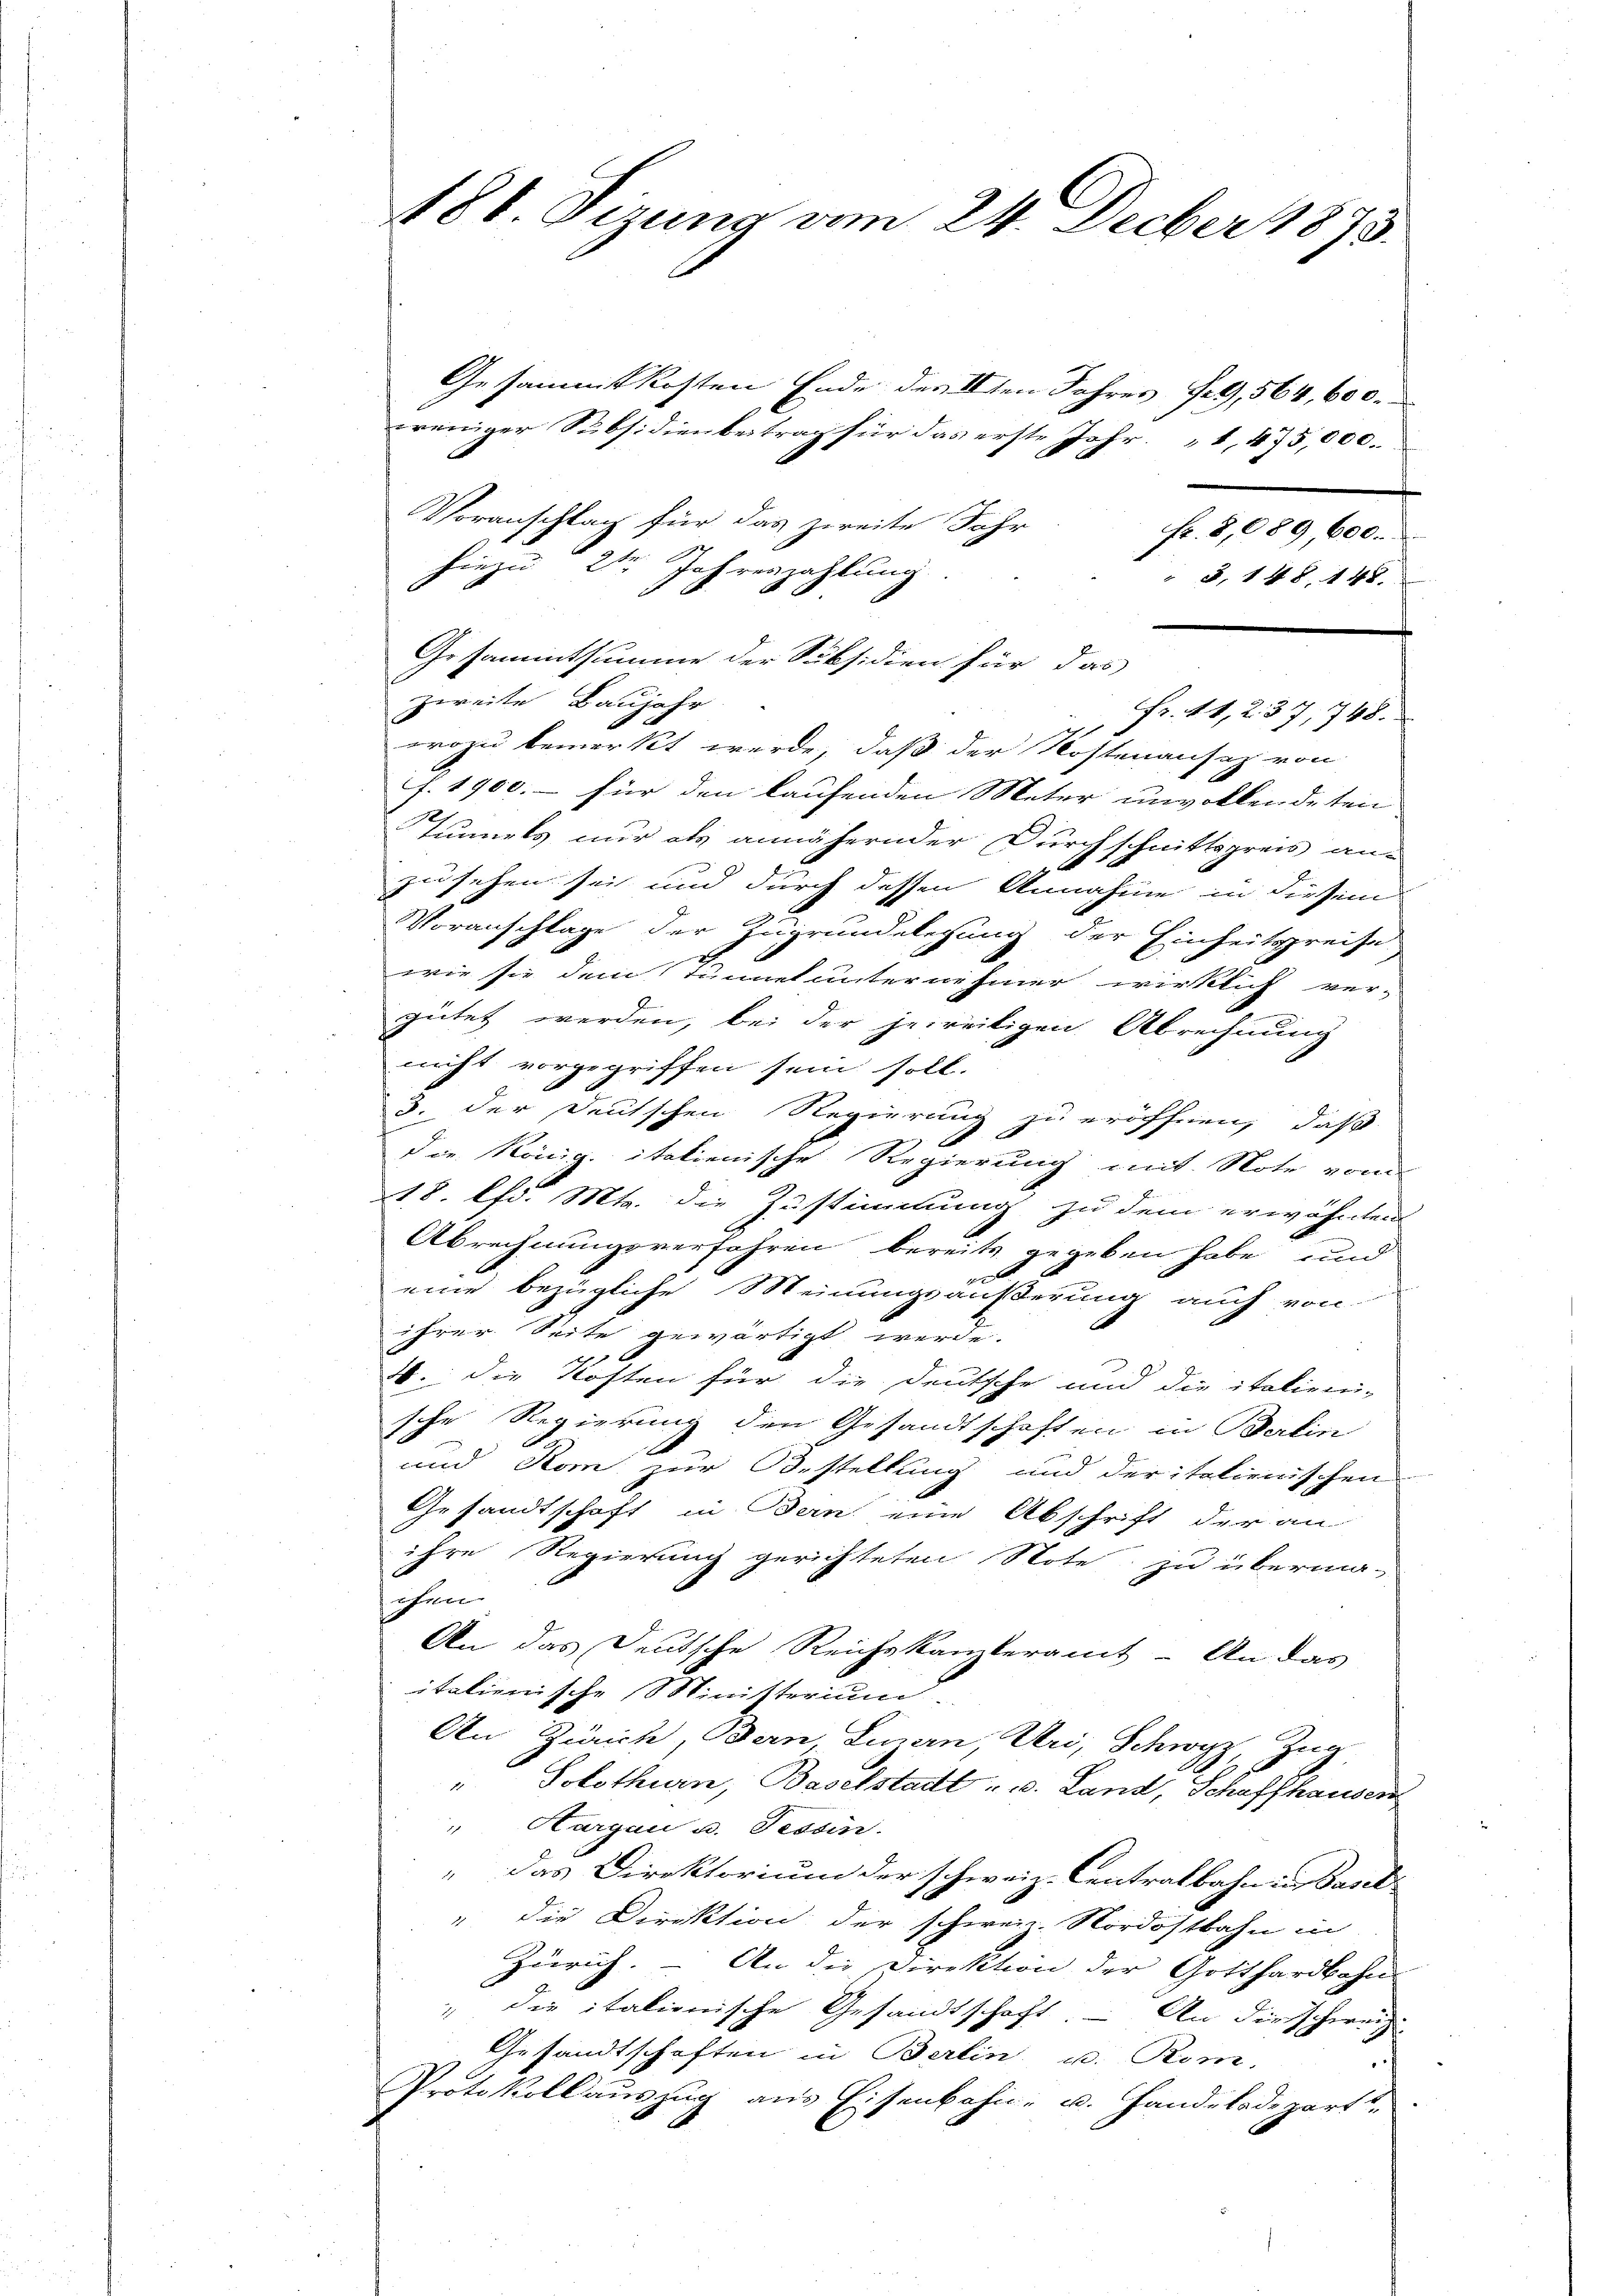
488. Sizung vom 24. Decber 1873.

Gesammtkosten Ende des 2ten Jahres Herz, 564, 600.
weniger Subsidienbertrag für das erste Jahr 1, 475,000.
Voranschlag für das zweite Jahr Fr. 8,089, 600.
hiezu 21 Jahreszahlung.
" 8, 14 S. 148
Gesammtsumme der Subsidien für das
zweite Baujahr
Fr. 41, 237, 748.
wozu bemerkt werde, daß der Kostenansez von
f. 1900.- für den laufenden Meter unvollendeten
Tunnels nur als annähernder Durchschnittspreis anzusehen sei und durch dessen Annahme in diesem
Voranschlage der Zugrundelegung der Einheitspreise
wie sie dem Tunnel unternehmer wirklich ver-
gütet werden, bei der jeweitigen Abrechnung
nicht vorgegriffen sein soll.
3. der Deutschen Regierung zu eröffnen, daß
die König. italienische Regierung mit Note vom
18. lfd. Mts. die Zustimmung zu dem erwähnten
Abrechnungsverfahren bereits gegeben habe, und
x
eine bezügliche Meinungsäußerung auch von
ihrer Seite gewärtigt werde.
2. die Kosten für die Deutsche und die italieni-
sche Regierung den Gesandtschaften in Balin
.
und Rom zur Bestellung und der italienischen
Gesandtschaft in Bern eine Abschrift der an
ihre Regierung gerichteten Note zu überma-
chen
An das Deutsche Reichskanzleramt - An das
italienische Ministerium
An Zürich, Dein Linarn, Uri, Schwyz, Zug
" Solothurn, Baselstadt- u. Land, Schaffhausen
"Hurgau u. Tessin.
„ das Direktorium der schweiz. Centralbahn in Basel
" die Direktion der schweiz. Nordostbahn in
Zürich. – An die Direktion der Gotthardbahn-
" die italionische Gesandtschaft. An die schweiz
Gesandtschaften in Berlin u. Rom.
.
Protokollauszug aus Eisenbahn- u. Handeladepart